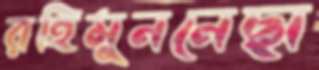
রহিমুননেছা